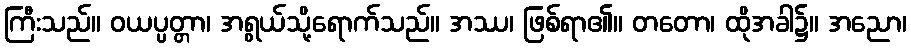
ကြီးသည်။ ဝယပ္ပတ္တာ၊ အရွယ်သို့ရောက်သည်။ အဿ၊ ဖြစ်ရာ၏။ တတော၊ ထိုအခါ၌။ အညော၊